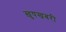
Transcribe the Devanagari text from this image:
ख़ुषखबरी